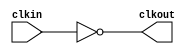
module bw_clk_gclk_inv_r90_256x (
    clkout,
    clkin );

    output clkout;
    input  clkin;
 
    assign clkout = ~( clkin );

endmodule